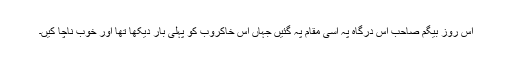
اس روز بیگم صاحب اس درگاہ پہ اسی مقام پہ گئیں جہاں اس خاکروب کو پہلی بار دیکھا تھا اور خوب ناچا کیں۔